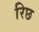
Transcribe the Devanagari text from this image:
रिछ